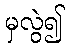
မှလွဲ၍